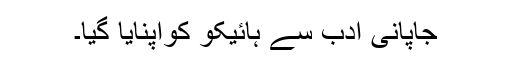
جاپانی ادب سے ہائیکو کواپنایا گیا۔